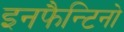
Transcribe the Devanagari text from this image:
इनफैन्टिनो